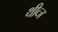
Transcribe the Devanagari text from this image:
थीव्ज